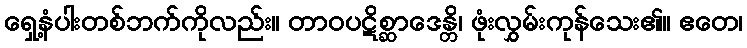
ရှေ့နံပါးတစ်ဘက်ကိုလည်း။ တာဝပဋိစ္ဆာဒေန္တိ၊ ဖုံးလွှမ်းကုန်သေး၏။ ဧတေ၊